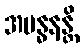
အဗန္ဓနန္တိ